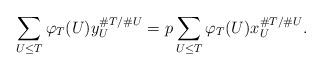
LaTeX: \begin{align*}\sum\limits_{U \leq T} \varphi_T(U) y_U^{\#T/\#U} = p \sum_{U \leq T} \varphi_T(U) x_U^{\#T/\#U}.\end{align*}